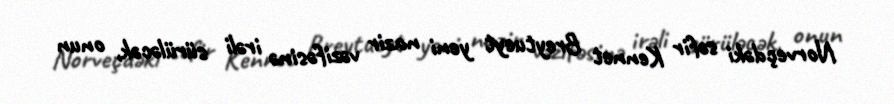
Norveçdəki səfir Kennet Breytueyt yeni nazir vəzifəsinə irəli sürüləcək, onun